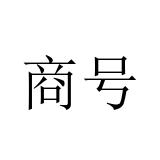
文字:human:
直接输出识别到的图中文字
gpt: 商号